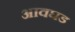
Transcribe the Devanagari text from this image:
आवघड